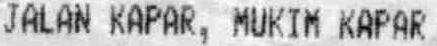
JALAN KAPAR, MUKIM KAPAR